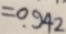
= 0 . 9 4 2